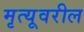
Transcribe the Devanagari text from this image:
मृत्यूवरील